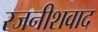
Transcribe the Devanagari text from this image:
रजनीशवाद